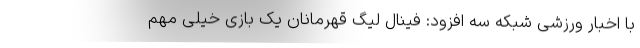
با اخبار ورزشی شبکه سه افزود: فینال لیگ قهرمانان یک بازی خیلی مهم